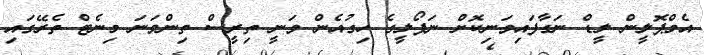
އެމްޕޮލީން ލީޑް ނަގާފައިވަނިކޮށް ނަޕޯލީގެ ހިގުއެން ވަނީ ތިރީސް ތިންވަނަ މިނެޓް ތެރޭގައި